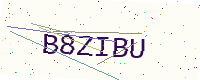
Text: B8ZIBU